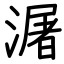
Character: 潳